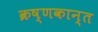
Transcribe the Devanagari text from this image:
क्रष्णकान्त